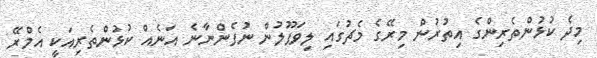
މިދެ ކުޅުންތެރިންގެ އިތުުރުން މިރޭގެ މެޗުގައި ލިވަޕޫލުން ނުފެންނާނެ އަނެއް ކުޅުންތެރިއަކީ އެމްރޭ